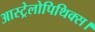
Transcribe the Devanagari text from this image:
आस्ट्रेलोपिथिक्स।